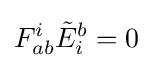
F_{ab}^{i}{\tilde {E}}_{i}^{b}=0